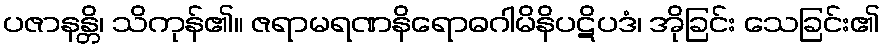
ပဇာနန္တိ၊ သိကုန်၏။ ဇရာမရဏနိရောဓဂါမိနိပဋိပဒံ၊ အိုခြင်း သေခြင်း၏